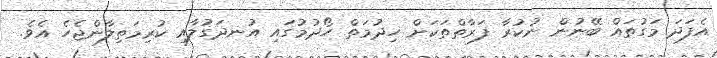
އެފަދަ މަގުތައް ބޭނުން ނުކުރާ ފަރާތްތަކަށް ހިދުމަތް ހޯދުމުގައި އުނދަގުލާއި ކުރިމަތިލާންޖެހެ އެވެ.